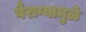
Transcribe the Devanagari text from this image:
वैराग्यामुळे